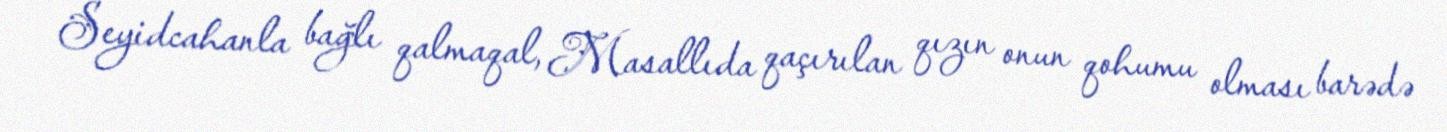
Seyidcahanla bağlı qalmaqal, Masallıda qaçırılan qızın onun qohumu olması barədə